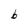
Character: b